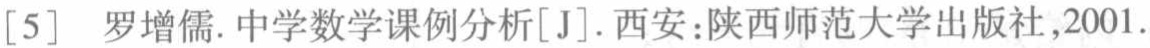
[5] 罗增儒. 中学数学课例分析[J]. 西安：陕西师范大学出版社,2001.